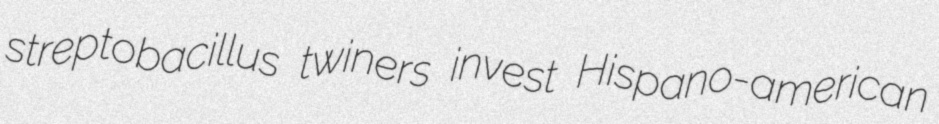
streptobacillus twiners invest Hispano-american